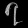
Digit: ၇